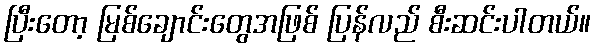
ပြီးတော့ မြစ်ချောင်းတွေအဖြစ် ပြန်လည် စီးဆင်းပါတယ်။